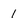
Character: 1